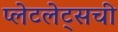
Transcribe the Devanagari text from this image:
प्लेटलेट्‌सची